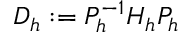
D _ { h } : = P _ { h } ^ { - 1 } H _ { h } P _ { h }